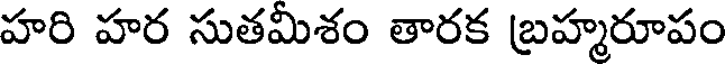
హరి హర సుతమీశం తారక బ్రహ్మరూపం